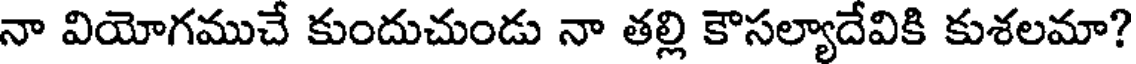
నా వియోగముచే కుందుచుండు నా తల్లి కౌసల్యాదేవికి కుశలమా?